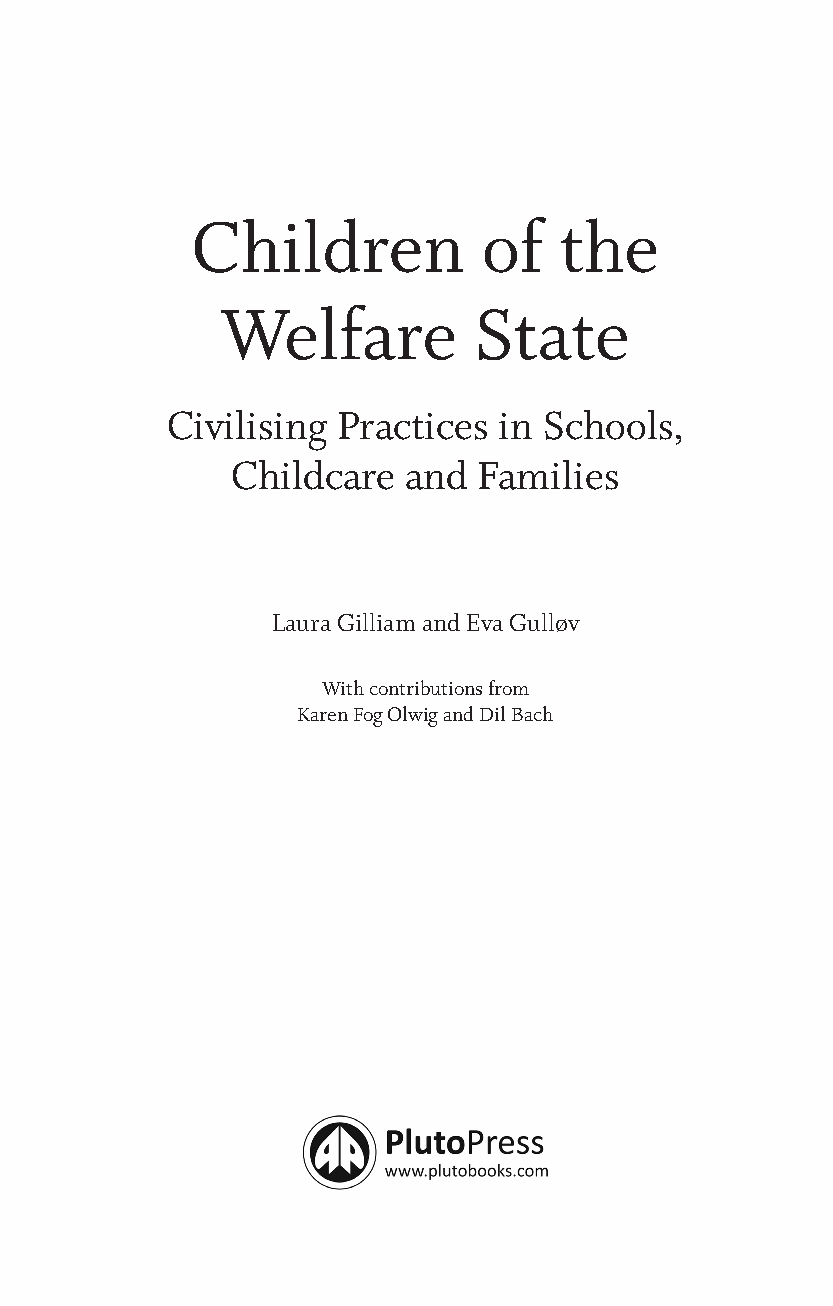
Children           of   the
 Welfare         State
 Civilising Practices  in Schools,
 Childcare   and  Families
 Laura Gilliam and Eva Gulløv
 With contributions from
 Karen Fog Olwig and Dil Bach